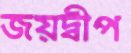
জয়দ্বীপ